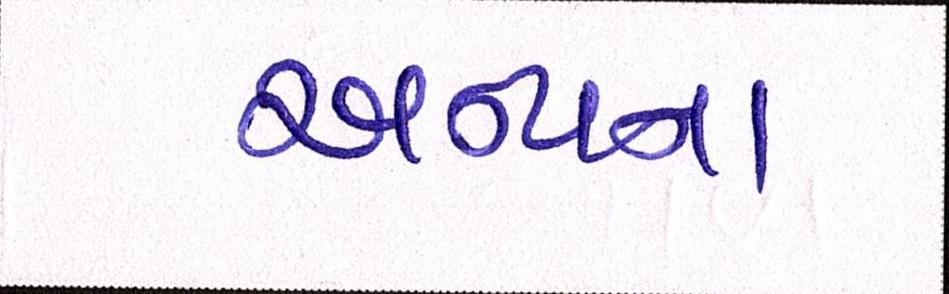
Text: અન્યના